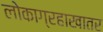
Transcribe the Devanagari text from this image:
लोकाग्रहाखातर